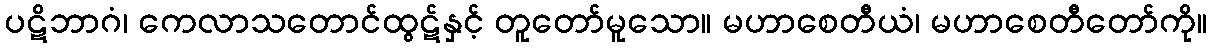
ပဋိဘာဂံ၊ ကေလာသတောင်ထွဋ်နှင့် တူတော်မူသော။ မဟာစေတီယံ၊ မဟာစေတီတော်ကို။